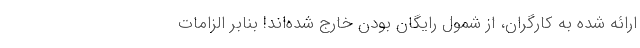
ارائه شده به کارگران، از شمول رایگان بودن خارج شده‌اند! بنابر الزامات